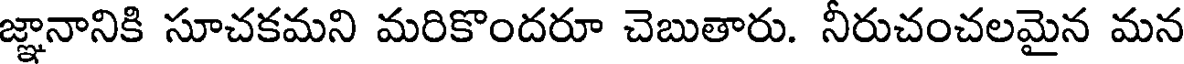
జ్ఞానానికి సూచకమని మరికొందరూ చెబుతారు. నీరుచంచలమైన మన